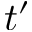
t ^ { \prime }